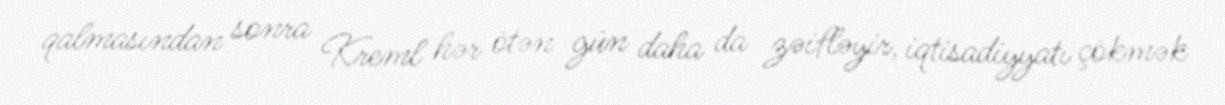
qalmasından sonra Kreml hər ötən gün daha da zəifləyir, iqtisadiyyatı çökmək